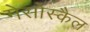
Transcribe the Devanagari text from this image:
मेसोस्कैल